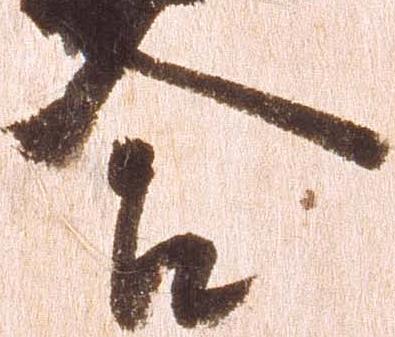
合